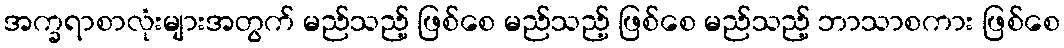
အက္ခရာစာလုံးများအတွက် မည်သည့် ဖြစ်စေ မည်သည့် ဖြစ်စေ မည်သည့် ဘာသာစကား ဖြစ်စေ